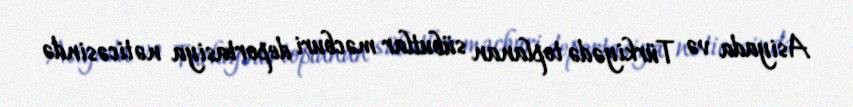
Asiyada və Türkiyədə toplanan sübutlar məcburi deportasiya nəticəsində